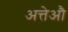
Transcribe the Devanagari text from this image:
अत्तेऔ